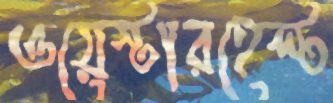
ওয়েস্টারহেল্ট